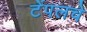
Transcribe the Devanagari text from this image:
टेंपलचे